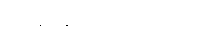
စနေနေ့ည ဖြစ်သည်။